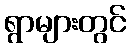
ရွာများတွင်